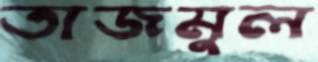
তাজমুল